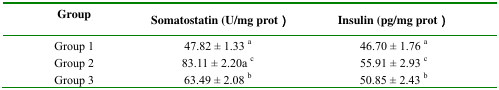
| Group | Somatostatin (U/mg prot) | Insulin (pg/mg prot) |
 | --- | --- | --- |
 | Group 1 | 47.82 ± 1.33 a | 46.70 ± 1.76 a |
 | Group 2 | 83.11 ± 2.20a c | 55.91 ± 2.93 c |
 | Group 3 | 63.49 ± 2.08 b | 50.85 ± 2.43 b |